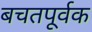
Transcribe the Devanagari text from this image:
बचतपूर्वक